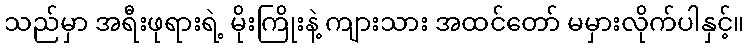
သည်မှာ အရီးဖုရားရဲ့ မိုးကြိုးနဲ့ ကျားသား အထင်တော် မမှားလိုက်ပါနှင့်။